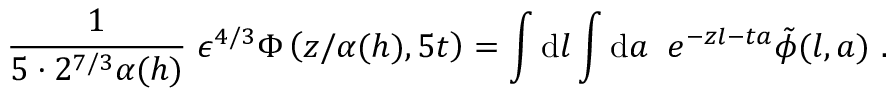
{ \frac { 1 } { 5 \cdot 2 ^ { 7 / 3 } \alpha ( h ) } } \; { \epsilon ^ { 4 / 3 } \Phi \left( { z / \alpha ( h ) } , 5 t \right) } = \int \mathrm { d } l \int \mathrm { d } a \; \; e ^ { - z l - t a } \tilde { \phi } ( l , a ) \ .